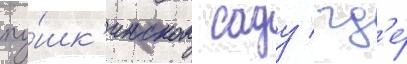
пу́шк'инском саду / гд'е́